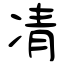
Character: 凊